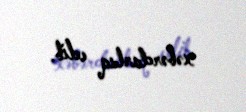
xəbərdarlıq edib.